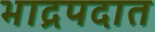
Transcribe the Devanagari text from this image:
भाद्रपदात